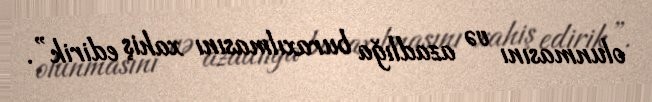
olunmasını və azadlığa buraxılmasını xahiş edirik”.